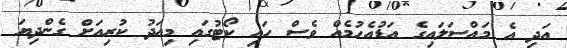
އަދި އެ މައްސަަލައިގެ އަޑުއެހުމެއް ވެސް ހައި ކޯޓުގައި މިއަދު ކުރިއަށް ގެންދިޔަ